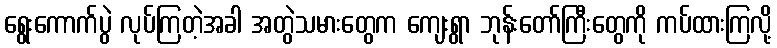
ရွေးကောက်ပွဲ လုပ်ကြတဲ့အခါ အတွဲသမားတွေက ကျေးရွာ ဘုန်းတော်ကြီးတွေကို ကပ်ထားကြလို့